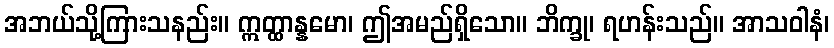
အဘယ်သို့ကြားသနည်း။ ဣတ္ထာန္နမော၊ ဤအမည်ရှိသော။ ဘိက္ခု၊ ရဟန်းသည်။ အာသဝါနံ၊